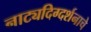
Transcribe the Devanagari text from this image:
नाट्यदिग्दर्शनाचे